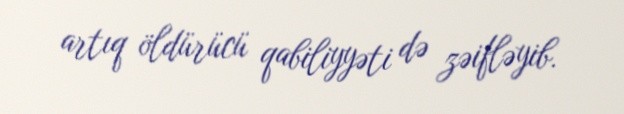
artıq öldürücü qabiliyyəti də zəifləyib.